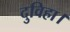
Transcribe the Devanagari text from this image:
दुविहा।